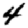
Digit: 4